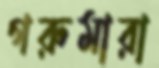
গরুমারা